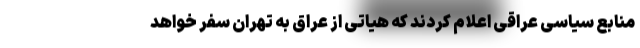
منابع سیاسی عراقی اعلام کردند که هیاتی از عراق به تهران سفر خواهد